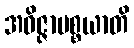
အဝိဇ္ဇာပစ္စယာတိ